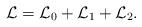
LaTeX: \begin{align*}{\cal L} = {\cal L}_0 + {\cal L}_1 + {\cal L}_2.\end{align*}